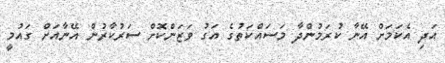
އަދި އެކަމަށް އޭނާ ކުރަމުންދާ މަސައްކަތުގެ އަގު ވަޒަންކޮށް ސަރުކާރުން އޭނާއަށް ގައުމީ